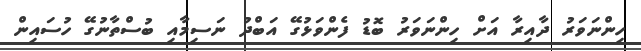
ހިންނަވަރު ދާއިރާ އަށް ހިންނަވަރު ބޮޑު ފެންވަޅުގޭ އަބްދު ނަސިމާއި ބުސްތާނުގޭ ހުސައިން